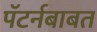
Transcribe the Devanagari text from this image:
पॅटर्नबाबत